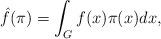
LaTeX: \begin{align*}\hat{f}(\pi) = \int_{G}^{}f(x)\pi(x)dx,\end{align*}